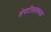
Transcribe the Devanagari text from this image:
शेपटीसारख्या